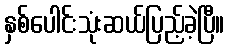
နှစ်ပေါင်းသုံးဆယ်ပြည့်ခဲ့ပြီ။